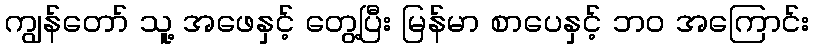
ကျွန်တော် သူ့ အဖေနှင့် တွေ့ပြီး မြန်မာ စာပေနှင့် ဘဝ အကြောင်း